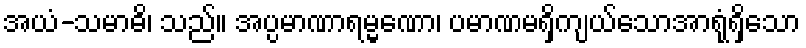
အယံ-သမာဓိ၊ သည်။ အပ္ပမာဏာရမ္မဏော၊ ပမာဏမရှိကျယ်သောအာရုံရှိသော